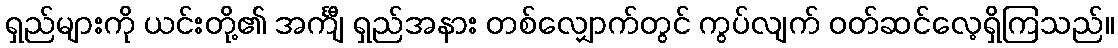
ရှည်များကို ယင်းတို့၏ အင်္ကျီ ရှည်အနား တစ်လျှောက်တွင် ကွပ်လျက် ဝတ်ဆင်လေ့ရှိကြသည်။